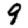
Digit: 9